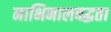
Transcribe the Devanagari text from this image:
नाभिनालबद्धता